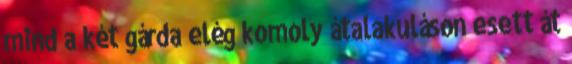
mind a két gárda elég komoly átalakuláson esett át